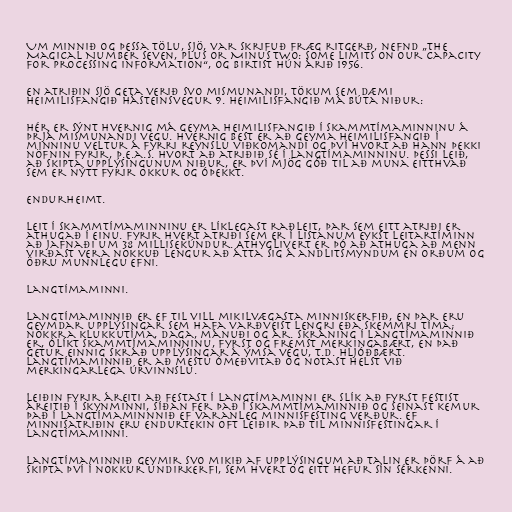
Um minnið og þessa tölu, sjö, var skrifuð fræg ritgerð, nefnd „The
Magical Number Seven, Plus or Minus Two: Some Limits on Our Capacity
for Processing Information“, og birtist hún árið 1956.

En atriðin sjö geta verið svo mismunandi, tökum sem dæmi
heimilisfangið Hásteinsvegur 9. Heimilisfangið má búta niður:

Hér er sýnt hvernig má geyma heimilisfangið í skammtímaminninu á
þrjá mismunandi vegu. Hvernig best er að geyma heimilisfangið í
minninu veltur á fyrri reynslu viðkomandi og því hvort að hann þekki
nöfnin fyrir, þ.e.a.s. hvort að atriðið sé í langtímaminninu. Þessi leið,
að skipta upplýsingunum niður, er því mjög góð til að muna eitthvað
sem er nýtt fyrir okkur og óþekkt.

Endurheimt.

Leit í skammtímaminninu er líklegast raðleit, þar sem eitt atriði er
athugað í einu. Fyrir hvert atriði sem er í listanum eykst leitartíminn
að jafnaði um 38 millisekúndur. Athyglivert er þó að athuga að menn
virðast vera nokkuð lengur að átta sig á andlitsmyndum en orðum og
öðru munnlegu efni.

Langtímaminni.

Langtímaminnið er ef til vill mikilvægasta minniskerfið, en þar eru
geymdar upplýsingar sem hafa varðveist lengri eða skemmri tíma;
nokkra klukkutíma, daga, mánuði og ár. Skráning í langtímaminnið
er, ólíkt skammtímaminninu, fyrst og fremst merkingabært, en það
getur einnig skráð upplýsingar á ýmsa vegu, t.d. hljóðbært.
Langtímaminnið er að mestu ómeðvitað og notast helst við
merkingarlega úrvinnslu.

Leiðin fyrir áreiti að festast í langtímaminni er slík að fyrst festist
áreitið í skynminni, síðan fer það í skammtímaminnið og seinast kemur
það í langtímaminnnið ef varanleg minnisfesting verður. Ef
minnisatriðin eru endurtekin oft leiðir það til minnisfestingar í
langtímaminni.

Langtímaminnið geymir svo mikið af upplýsingum að talin er þörf á að
skipta því í nokkur undirkerfi, sem hvert og eitt hefur sín sérkenni.